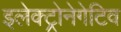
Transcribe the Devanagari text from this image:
इलेक्ट्रोनेगेटिव